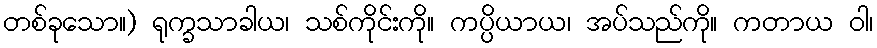
တစ်ခုသော။) ရုက္ခသာခါယ၊ သစ်ကိုင်းကို။ ကပ္ပိယာယ၊ အပ်သည်ကို။ ကတာယ ဝါ၊